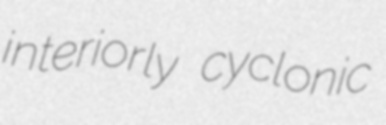
interiorly cyclonic